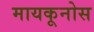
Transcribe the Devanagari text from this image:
मायकूनोस